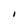
Character: l